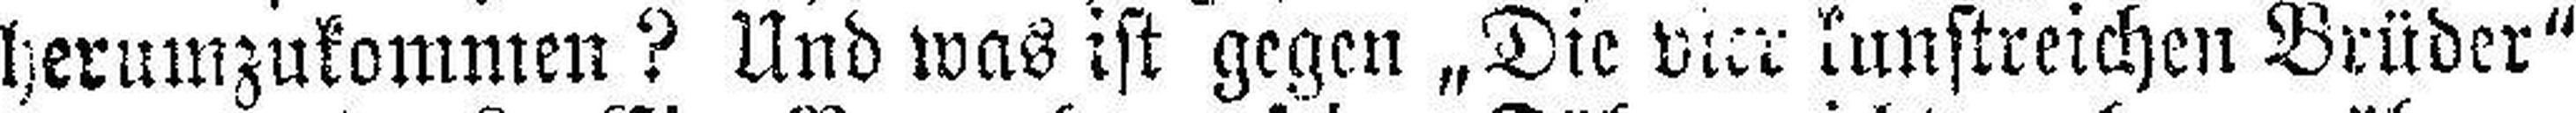
herumzukommen? Und was ist gegen „Die vier kunstreichen Brüder“